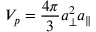
V _ { p } = \frac { 4 \pi } { 3 } a _ { \perp } ^ { 2 } a _ { \| }